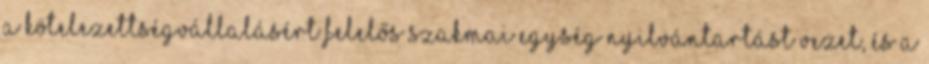
a kötelezettségvállalásért felelős szakmai egység nyilvántartást vezet, és a